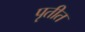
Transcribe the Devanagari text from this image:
पृतीत